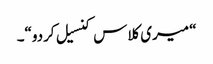
“ میری کلاس کنسیل کردو“۔